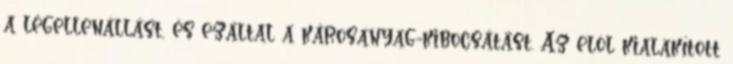
a légellenállást, és ezáltal a károsanyag-kibocsátást. Az elöl kialakított